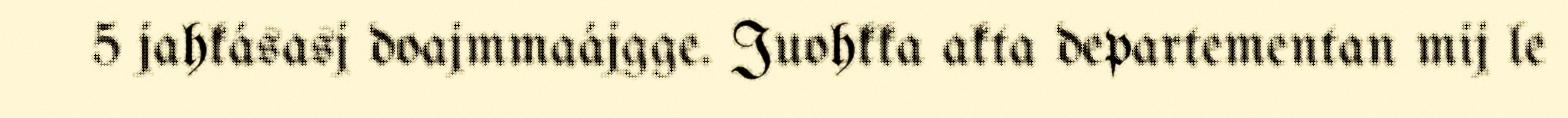
5 jahkásasj doajmmaájgge. Juohkka akta departementan mij le